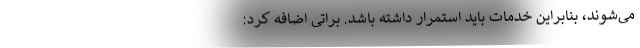
می‌شوند، بنابراین خدمات باید استمرار داشته باشد. براتی اضافه کرد: